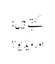
کہتے ہیں:
اور ویڈیو ؟